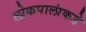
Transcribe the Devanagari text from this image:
लोकपालांकडे